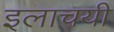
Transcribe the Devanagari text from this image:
इलाचयी